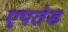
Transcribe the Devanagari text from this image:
एपतेड